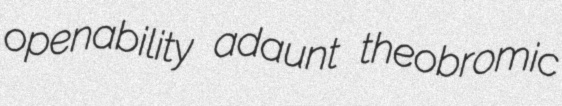
openability adaunt theobromic